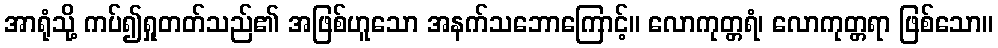
အာရုံသို့ ကပ်၍ရှုတတ်သည်၏ အဖြစ်ဟူသော အနက်သဘောကြောင့်။ လောကုတ္တရံ၊ လောကုတ္တရာ ဖြစ်သော။